King Institute of Preventive Medicine Micro-Biological Section reports 1912-19
Year: 1912
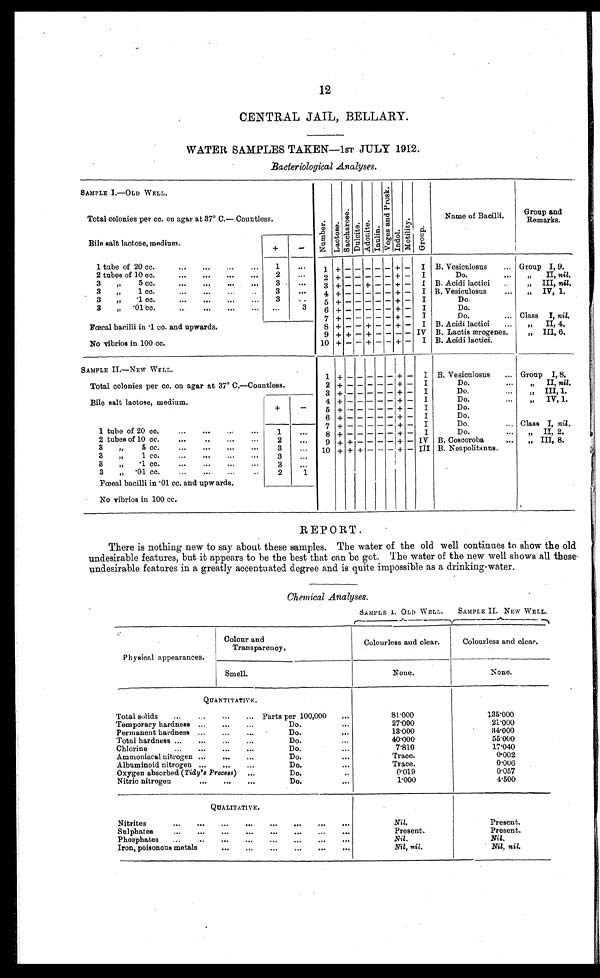
12
CENTRAL JAIL, BELLARY.
WATER SAMPLES TAKEN--1ST JULY 1912.
Bacteriological Analyses.
SAMPLE I.—OLD WELL.
NumberLactoseSacchar oseDul ci t eAdoniteInulin V o g e s a n d P r o k e s IndolMotilityGroup
Name of Bacilli.
Group and
Remarks.
Total colonies per cc. on agar at 37° C.— Countless
Bile salt lactose, medium.
+
-
1 tube of 20 cc.
1
1
+
-
- - - -
+ -
I B. Vesiculosus
Group I, 9.
2 tubes of 10 cc.
2
2 +
- - - - - + -
I
Do.
„ II, nil.
3 „ 5 cc.
3
3 + - - + - - + -
I B. Acidi lactici
„ III, nil.
3 „ 1 cc.
3
4
+
- - - - - + -
I B. Vesiculosus
„ IV, 1.
3 ,, 1 cc.
3
5
+
- - - - - + -
I
Do.
3 „ 01 cc.
3
6
+
- - - - - + -
I
Do.
7 + - - - - - + -
I
Do.
Class I, nil.
Fcecal bacilli in 1 co. and upwards.
8 + - - + - - + -
I B. Acidi lactici
,, II, 4.
9 + + - + - - - - IV B. Lactis ærogenes.
„ III, 6.
No vibrios in 100 cc.
10 + - - + - - +
-
I B. Acidi lactici.
SAMPLE II.—NEW WELL.
1
+
- - - - - + -
I B. Vesiculosus
Group I, 8.
Total colonies per cc. on agar at 37° C.—Countless.
2
+
- - - - - + -
I
Do.
„ II, nil.
3 +
- - - - - + -
I
Do.
„ III, 1.
Bile salt lactose, medium.
4
+
- - - - - + -
I
Do.
„ IV, 1.
+
-
5
+
- - - - - + -
I
Do.
6
+
- - - - - + -
I
Do.
7 +
- - - - - + -
I
Do. Class I, nil .
1 tube of 20 cc.
1
8
+
- - - - - + -
I
Do.
„ II, 2.
2 tubes of 10 cc.
2
9 + + - - - - + - IV B. Coscoroba
„ III, 8.
3 „ 5 cc.
3
10 + + + - - - + - Ill B. Neapolitanus.
3 „ 1 cc.
3
3 „ 1 cc.
3
3 „ 01 cc.
2
1
Fcecal bacilli in 01 cc. and upw ards.
No vibrios in 100 cc.
REPORT.
There is nothing new to say about these samples. The water of the old well continues to show the old.
undesirable features, but it appears to be the best that can be got. The water of the new well shows all these.
undesirable features in a greatly accentuated degree and is quite impossible as a drinking-water.
Chemical Analyses.
Physical appearances
Colour and
Transparency.
SAMPLE 1. OLD WELL.
SAMPLE II. NEW WELL.
Colourless and clear.
Colourless and clear.
Smell.
None.
None.
QUANTITATIVE.
Total solids
Parts per 100,000
81·000
135·000
Temporary hardness
Do.
27·000
21·000
Permanent hardness
Do.
13.000
34.000
Total hardness
Do.
40.000
55.000
Chlorine
Do.
7·810
17.040
Ammoniacal nitrogen
Do.
Trace.
0002
Albuminoid nitrogen
Do.
Trace.
0·006
Oxygen absorbed (Tidy’s Process)
Do.
0·019
0.057
Nitric nitrogen
Do.
1.000
4.500
QUALITATIVE.
Nitrites
Nil.
Present.
Sulphates
Present.
Present.
Phosphates
Nil .
Nil.
Iron, poisonous metals
Nil, nil .
Nil, nil.